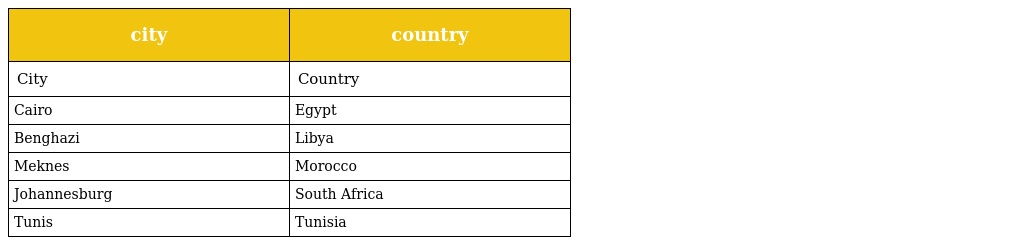
| city | country |
 | --- | --- |
 | City | Country |
 | Cairo | Egypt |
 | Benghazi | Libya |
 | Meknes | Morocco |
 | Johannesburg | South Africa |
 | Tunis | Tunisia |